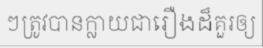
ៗត្រូវបានក្លាយជារឿងដ៏គួរឲ្យ